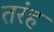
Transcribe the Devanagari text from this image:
तरंह